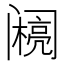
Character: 𰿽